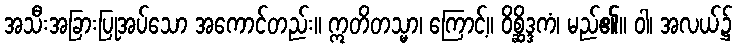
အသီးအခြားပြုအပ်သော အကောင်တည်း။ ဣတိတသ္မာ၊ ကြောင့်။ ဝိစ္ဆိဒ္ဒကံ၊ မည်၏။ ဝါ၊ အလယ်၌